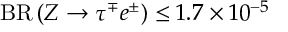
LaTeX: { \mathrm { B R } } \left( Z \to \tau ^ { \mp } e ^ { \pm } \right) \le 1 . 7 \times 1 0 ^ { - 5 }